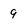
Character: 9